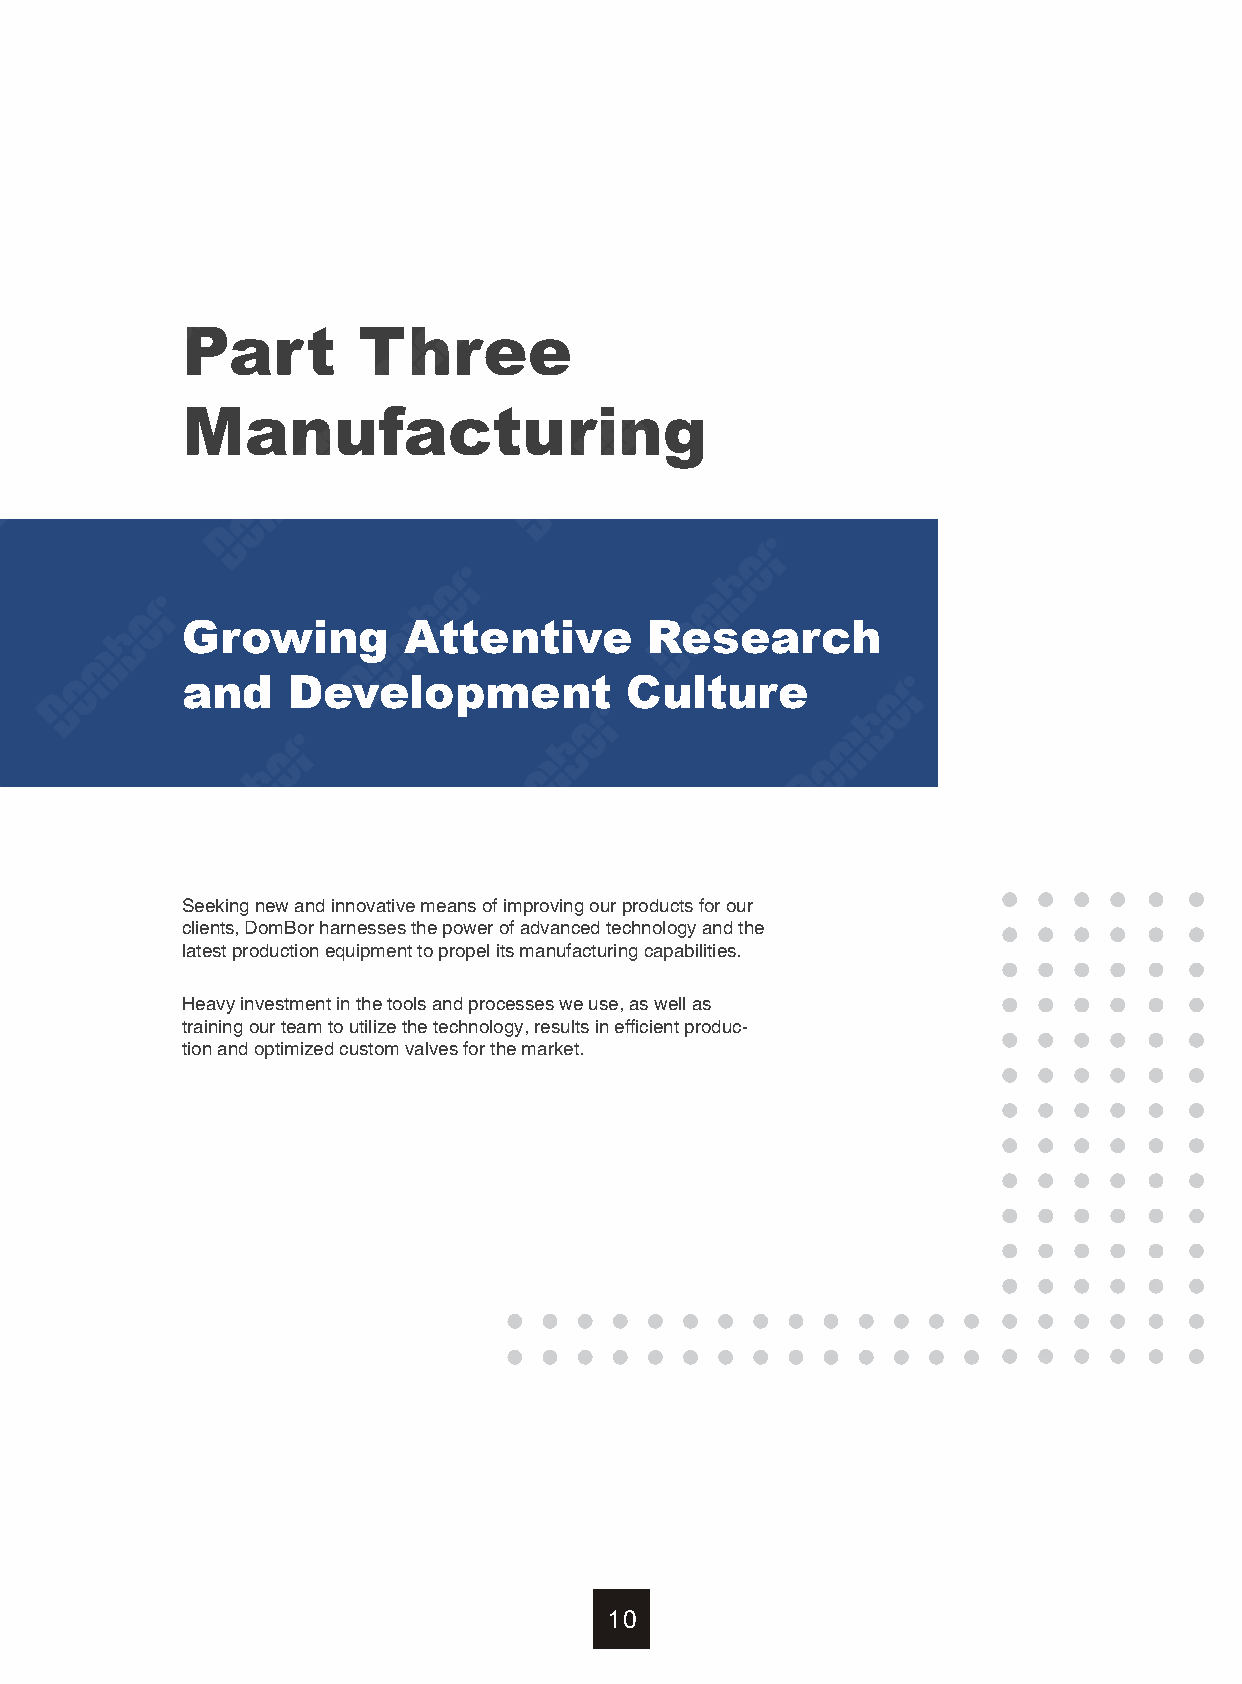
Part        Three
 Manufacturing
 Growing        Attentive       Research
 and    Development           Culture
 Seeking new and innovative means of improving our products for our
 clients, DomBor harnesses the power of advanced technology and the
 latest production equipment to propel its manufacturing capabilities.
 Heavy investment in the tools and processes we use, as well as
 training our team to utilize the technology, results in efficient produc-
 tion and optimized custom valves for the market.
 10